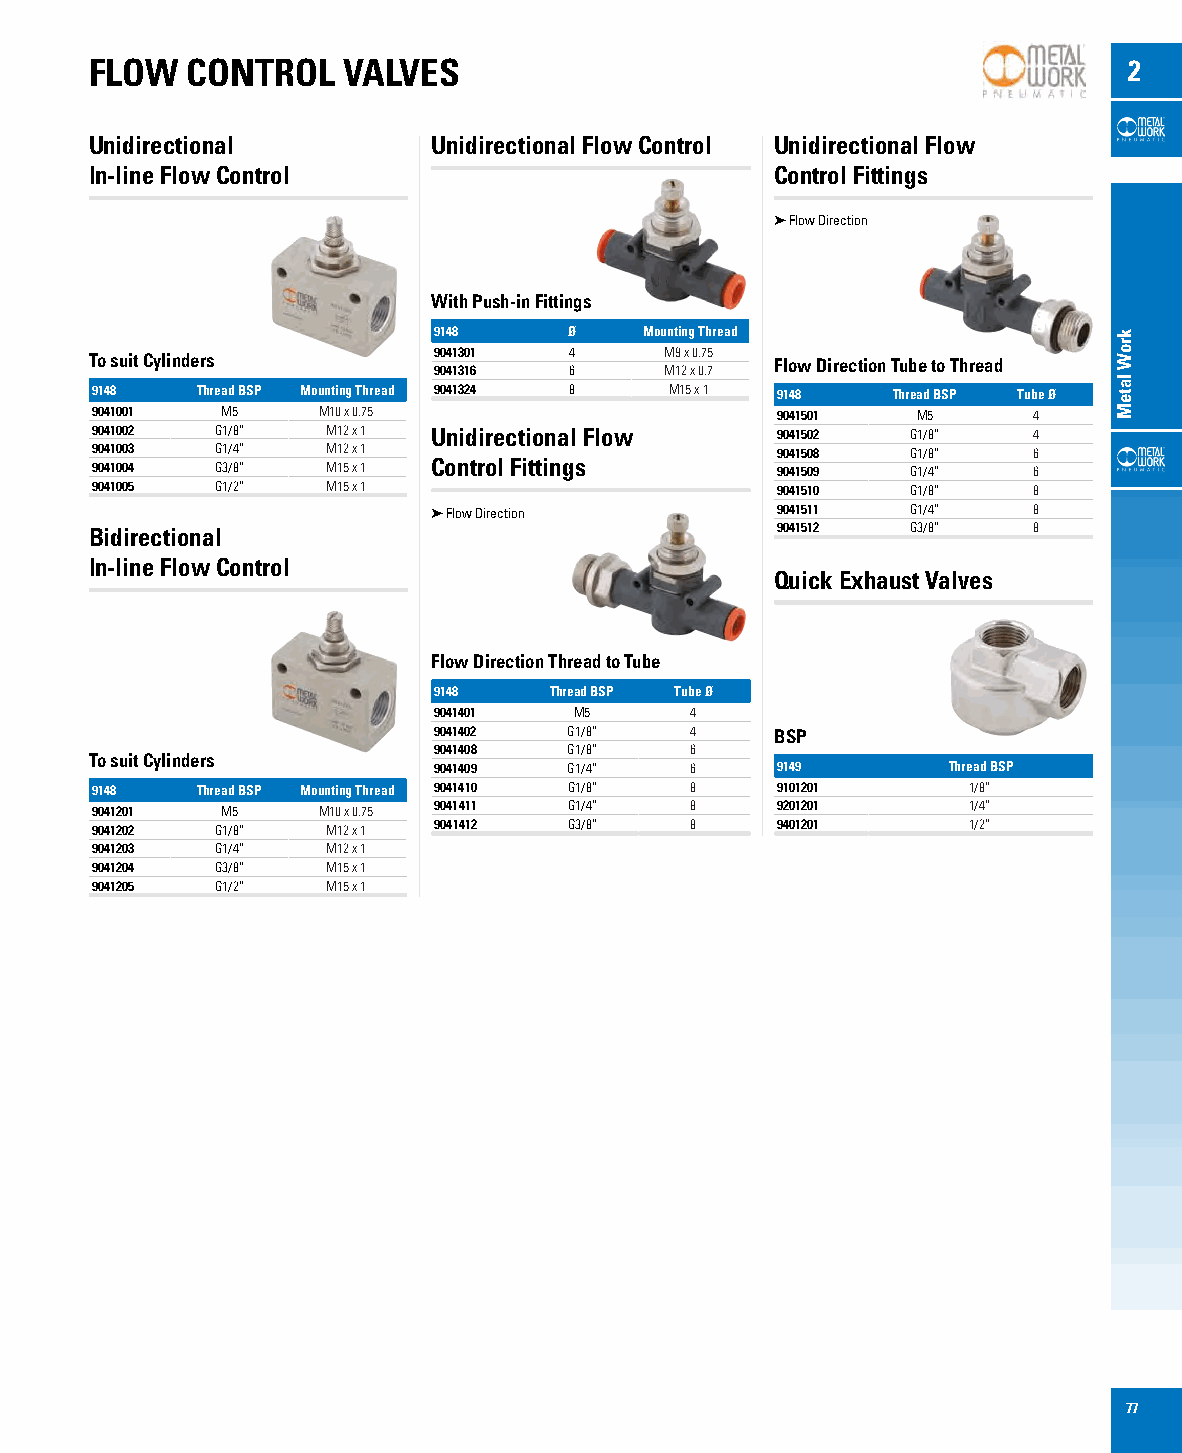
FLOW  CONTROL    VALVES                                              2
 Unidirectional         Unidirectional Flow Control Unidirectional Flow
 In-line Flow Control                         Control Fittings
 ➤ Flow Direction
 With Push-in Fittings
 9148     Ø    Mounting Thread
 9041301  4     M9 x 0.75
 To suit Cylinders                            Flow Direction Tube to Thread
 9041316  6     M12 x 0.7
 9148   Thread BSP Mounting Thread 9041324 8 M15 x 1 9148 Thread BSP Tube Ø
 9041001  M5    M10 x 0.75                    9041501   M5     4
 9041002 G1/8”   M12 x 1 Unidirectional Flow  9041502  G1/8”   4
 9041003 G1/4”   M12 x 1                      9041508  G1/8”   6
 9041004 G3/8”   M15 x 1 Control Fittings     9041509  G1/4”   6
 9041005 G1/2”   M15 x 1                      9041510  G1/8”   8
 ➤ Flow Direction      9041511  G1/4”   8
 Bidirectional                                9041512  G3/8”   8
 In-line Flow Control
 Quick Exhaust Valves
 Flow Direction Thread to Tube
 9148   Thread BSP Tube Ø
 9041401  M5      4
 9041402  G1/8”   4    BSP
 9041408  G1/8”   6
 To suit Cylinders
 9041409  G1/4”   6    9149        Thread BSP
 9148   Thread BSP Mounting Thread 9041410 G1/8” 8 9101201 1/8”
 9041201  M5    M10 x 0.75 9041411 G1/4” 8    9201201      1/4”
 9041202 G1/8”   M12 x 1 9041412 G3/8”   8    9401201      1/2”
 9041203 G1/4”   M12 x 1
 9041204 G3/8”   M15 x 1
 9041205 G1/2”   M15 x 1
 77
 kroW
 lateM